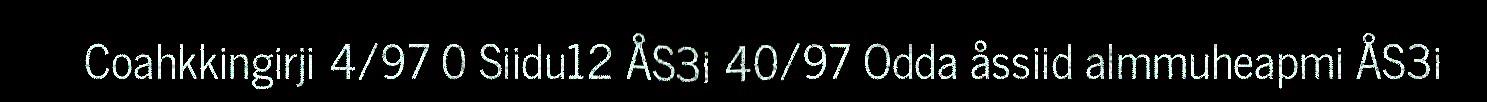
Coahkkingirji 4/97 0 Siidu12 ÅS3i 40/97 Odda åssiid almmuheapmi ÅS3i